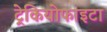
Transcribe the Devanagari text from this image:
ट्रेकियोफाइटा